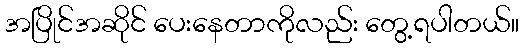
အပြိုင်အဆိုင် ပေးနေတာကိုလည်း တွေ့ရပါတယ်။